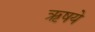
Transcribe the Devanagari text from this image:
ऋषये